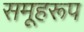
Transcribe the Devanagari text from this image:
समूहरूप